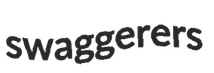
swaggerers